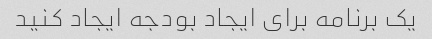
یک برنامه برای ایجاد بودجه ایجاد کنید